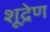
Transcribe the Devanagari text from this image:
शूद्रेण